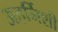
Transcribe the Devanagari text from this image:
अहर्निशी